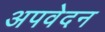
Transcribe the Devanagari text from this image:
अपवेदन